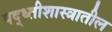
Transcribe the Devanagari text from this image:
पद्ध्तीशास्त्रातील